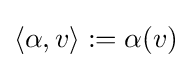
\langle \alpha ,v\rangle :=\alpha (v)